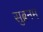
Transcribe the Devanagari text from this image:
सुब्रनम